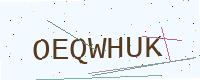
Text: OEQWHUK